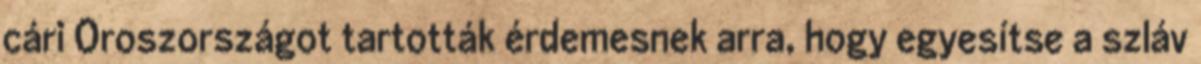
cári Oroszországot tartották érdemesnek arra, hogy egyesítse a szláv